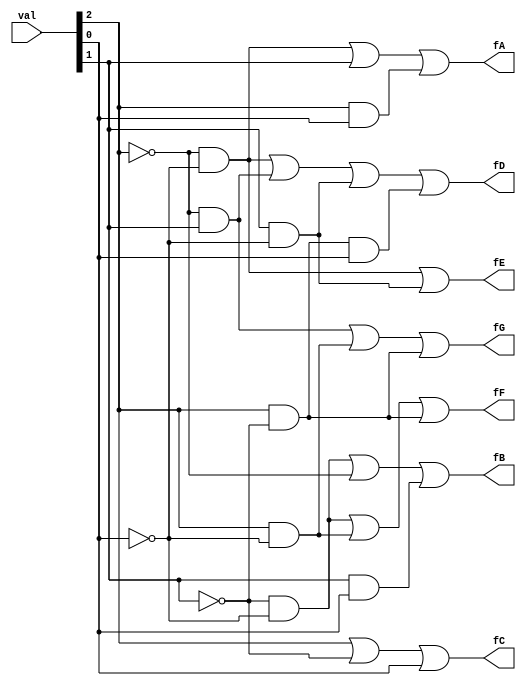
/*
     A
   -----
  |     |
F |     | B
  |  G  |
   -----
  |     |
E |     | C
  |  D  |
   -----

  #---Truth table----#
  Input: A B C D E F G
  000 -> 1 1 1 1 1 1 0
  001 -> 0 1 1 0 0 0 0
  010 -> 1 1 0 1 1 0 1
  011 -> 1 1 1 1 0 0 1
  100 -> 0 1 1 0 0 1 1
  101 -> 1 0 1 1 0 1 1
  110 -> 1 0 1 1 1 1 1
  111 -> 1 1 1 0 0 0 0

*/

module Decoder7Seg(
    output wire fA, fB, fC, fD, fE, fF, fG,
    input  wire [2:0] val
);
    wire A, B, C;
    assign {A, B, C} = val;

    assign fA = (~A & ~C) | (B)      | (A & C);
    assign fB = (~B & ~C) | (~A)     | (B & C);
    assign fC = (A)       | (~B)     | (C);
    assign fD = (~A & ~C) | (~A & B) | (B & ~C) | ( A & ~B & C);
    assign fE = (~A & ~C) | (B & ~C);
    assign fF = (~B & ~C) | (A & ~C) | (A & ~B);
    assign fG = (~A & B)  | (A & ~C) | (A & ~B);

endmodule // module Decoder7Seg